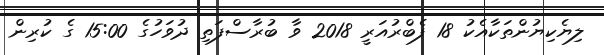
ލިޔެކިޔުންތަކާއެކު 18 ފެބްރުއަރީ 2018 ވާ ބުރާސްފަތި ދުވަހުގެ 15:00 ގެ ކުރިން